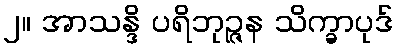
၂။ အာသန္ဒိ ပရိဘုဉ္ဇန သိက္ခာပုဒ်